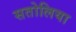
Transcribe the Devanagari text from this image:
सतोलिया